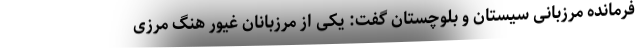
فرمانده مرزبانی سیستان و بلوچستان گفت: یکی از مرزبانان غیور هنگ مرزی